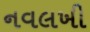
નવલખી